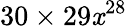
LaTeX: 30\times29\mathit{x}^{28}